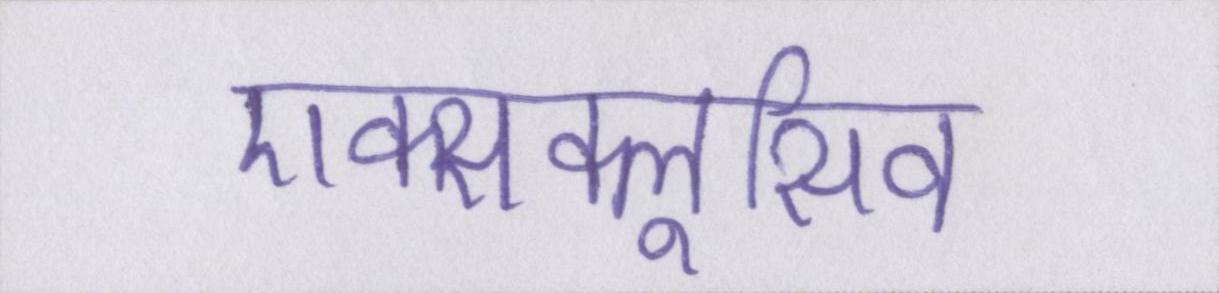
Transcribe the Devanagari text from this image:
एक्सक्लूसिव